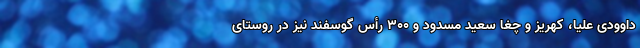
داوودی علیا، کهریز و چغا سعید مسدود و ۳۰۰ رأس گوسفند نیز در روستای